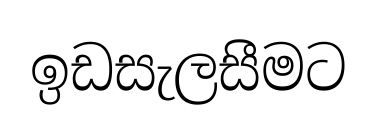
ඉඩසැලසීමට